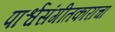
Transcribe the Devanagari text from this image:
पार्श्वसंगीतकाराचा